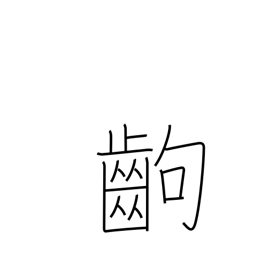
Meaning: a paragraph